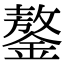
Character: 鏊